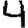
Digit: 4